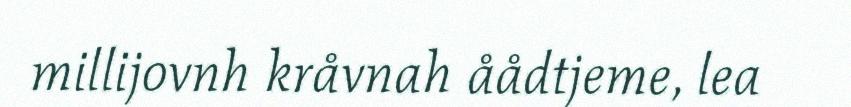
millijovnh kråvnah åådtjeme, lea